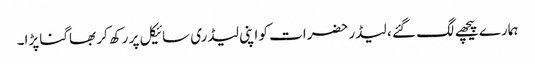
ہمارے پیچھے لگ گئے ، لیڈر حضرات کو اپنی لیڈری سائیکل پر رکھ کر بھاگنا پڑا۔